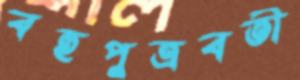
বহুপুত্রবতী